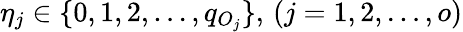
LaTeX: \eta_{j}\in\{ 0,1,2,\dots,q_{O_{j}}\} ,\, (j=1,2,\dots,o)